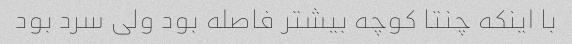
با اینکه چنتا کوچه بیشتر فاصله بود ولی سرد بود